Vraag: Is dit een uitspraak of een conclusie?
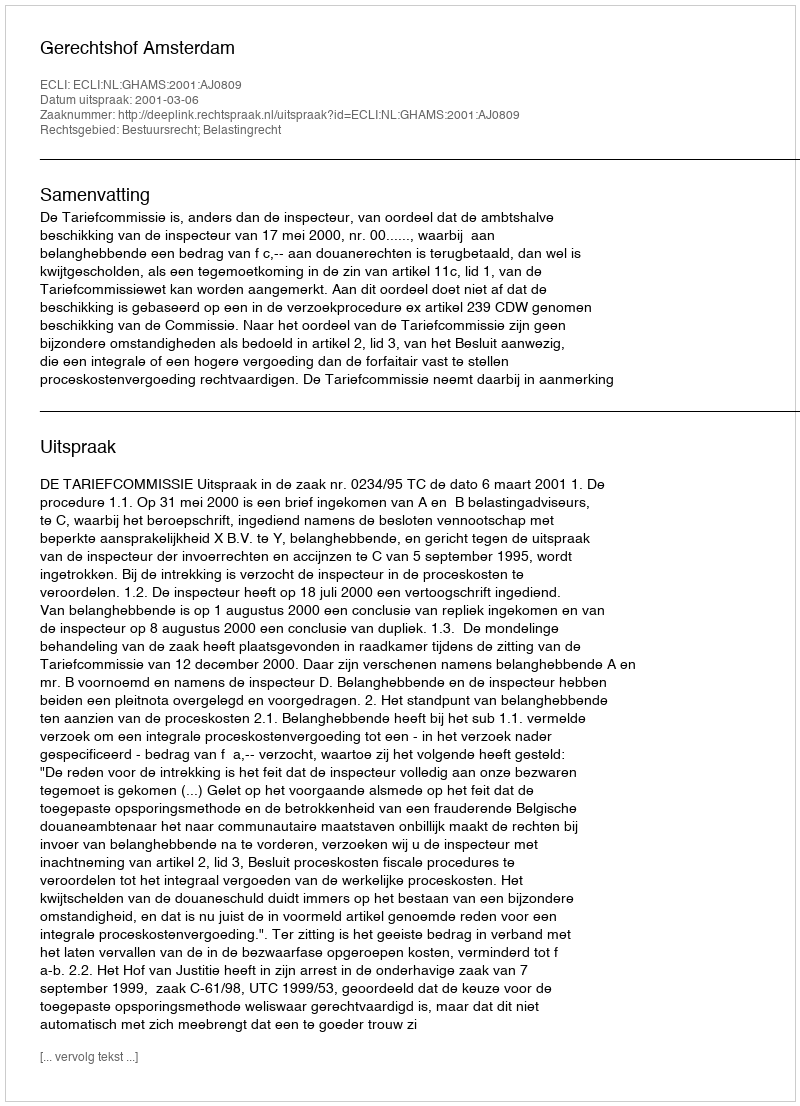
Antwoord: Uitspraak